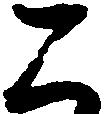
二